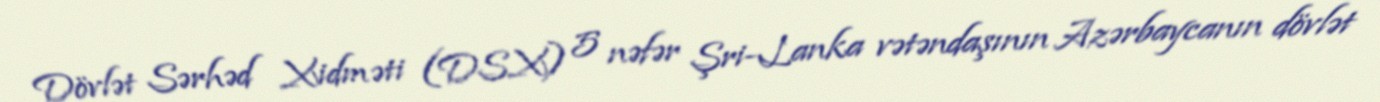
Dövlət Sərhəd Xidməti (DSX) 5 nə­fər Şri-Lanka vətəndaşının Azərbaycanın dövlət